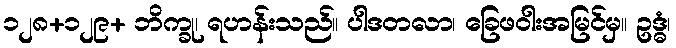
၁၂၈+၁၂၉+ ဘိက္ခု၊ ရဟန်းသည်။ ပါဒတလာ၊ ခြေဖဝါးအမြင်မှ။ ဥဒ္ဓံ၊